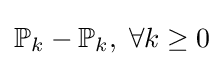
\mathbb {P} _{k}-\mathbb {P} _{k},\;\forall k\geq 0